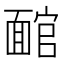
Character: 𩈬